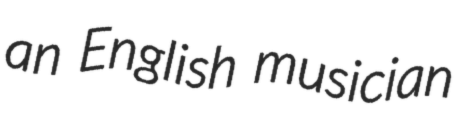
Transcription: an English musician